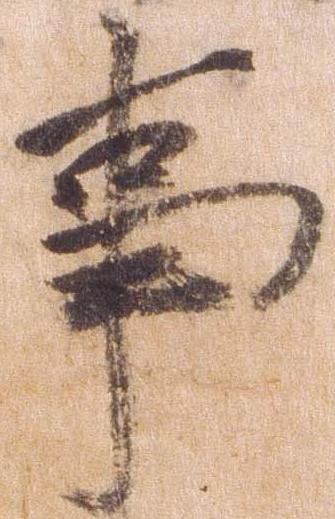
事